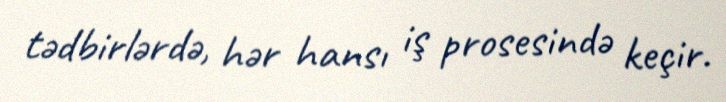
tədbirlərdə, hər hansı iş prosesində keçir.